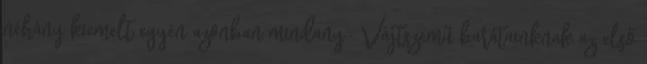
néhány kiemelt egyén azonban mindany- Vájtszemű barátainknak az első